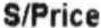
S/PRICE